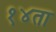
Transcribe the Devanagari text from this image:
१४ता